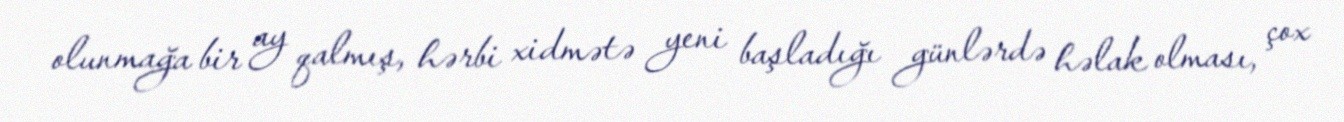
olunmağa bir ay qalmış, hərbi xidmətə yeni başladığı günlərdə həlak olması, çox